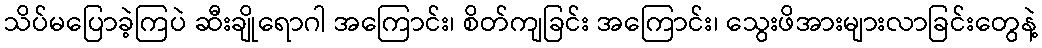
သိပ်မပြောခဲ့ကြပဲ ဆီးချိုရောဂါ အကြောင်း၊ စိတ်ကျခြင်း အကြောင်း၊ သွေးဖိအားများလာခြင်းတွေနဲ့